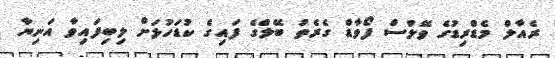
ރެއާލް މެޑްރިޑުގެ ވޭލްސް ފޯވާޑް ގެރެތު ބޭލްގެ ފައިގެ ކުޑަހުޅަށް ލިބިފައިވާ އަނިޔާ